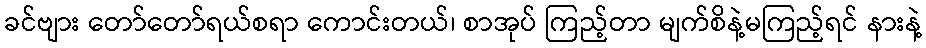
ခင်ဗျား တော်တော်ရယ်စရာ ကောင်းတယ်၊ စာအုပ် ကြည့်တာ မျက်စိနဲ့မကြည့်ရင် နားနဲ့